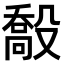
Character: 𣪽